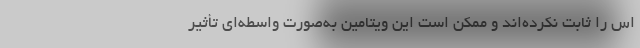
اس‌ را ثابت نکرده‌اند و ممکن است این ویتامین به‌صورت واسطه‌ای تأثیر